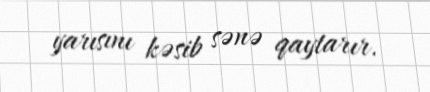
yarısını kəsib sənə qaytarır.